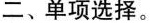
二、单项选择。